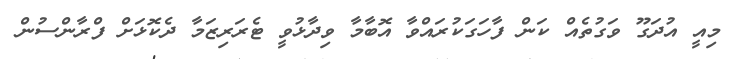
މިއީ އުދަގޫ ވަގުތެއް ކަން ފާހަގަކުރައްވާ އޮބާމާ ވިދާޅުވީ ޓެރަރިޒަމާ ދެކޮޅަށް ފްރާންސުން